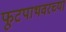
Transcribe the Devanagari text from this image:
फूटपाथवरच्या